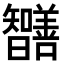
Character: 𭨔